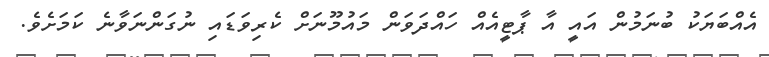
އެއްބަޔަކު ބުނަމުން އައީ އާ ޕާޓީއެއް ހައްދަވަން މައުމޫނަށް ކެރިވަޑައި ނުގަންނަވާނެ ކަމަށެވެ.